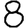
Digit: 8